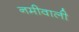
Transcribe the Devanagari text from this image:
नमीवाली